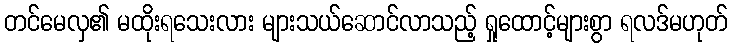
တင်မေလှ၏ မထိုးရသေးလား များသယ်ဆောင်လာသည့် ရှုထောင့်များစွာ ရလဒ်မဟုတ်